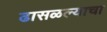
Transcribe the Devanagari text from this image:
ढासळल्याचा